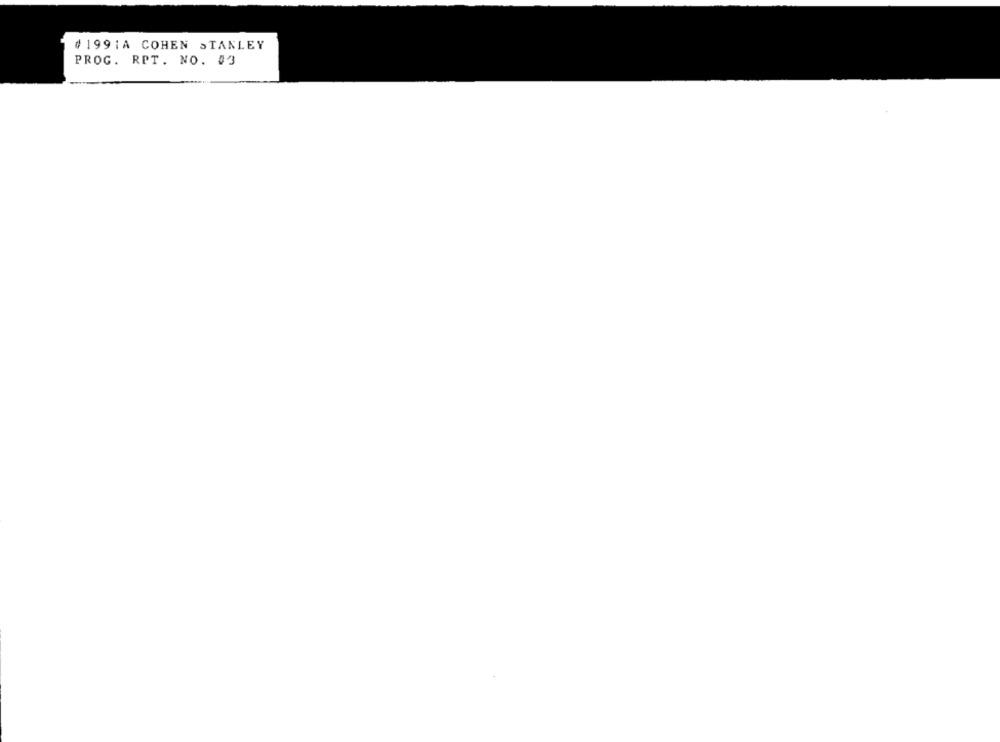
# 1991A COHEN STANLEY
PROG. RPT. NO. 43